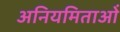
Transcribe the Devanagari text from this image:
अनियमिताओं